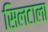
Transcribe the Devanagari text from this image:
सिलटाला